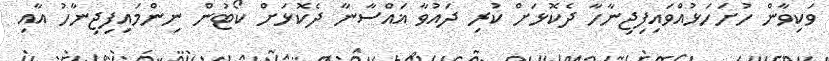
ވަކިވާން ހުށަހަޅުއްވައިފިޖިނާހާ ދެކޮޅަށް ކުރި ދައުވާ ޣައްސާނާ ދެކޮޅަށް ކޯޓުން ނިންމައިފިޖިނާހު އާއި